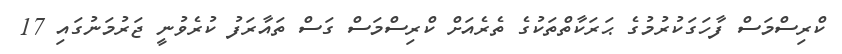
ކްރިސްމަސް ފާހަގަކުރުމުގެ ޙަރަކާތްތަކުގެ ތެރެއަށް ކްރިސްމަސް ގަސް ތައާރަފު ކުރެވުނީ ޖަރުމަނުގައި 17